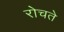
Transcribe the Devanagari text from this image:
रोचते